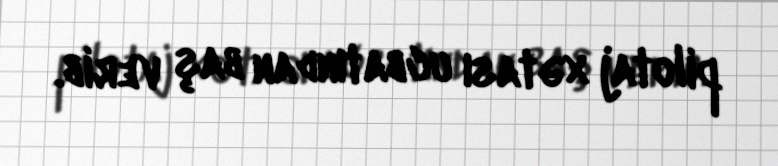
pilotaj xətası ucbatından baş verib.